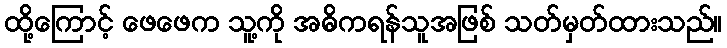
ထို့ကြောင့် ဖေဖေက သူ့ကို အဓိကရန်သူအဖြစ် သတ်မှတ်ထားသည်။